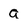
Character: a